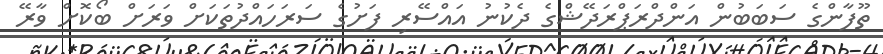
ތޫފާންގެ ސަބަބުން އަންދްރަޕްރަދޭޝްގެ ދެކުނު އައްސޭރި ފަށުގެ ސަރަހައްދުތަކަށް ވަރަށް ބޯކޮށް ވާރޭ